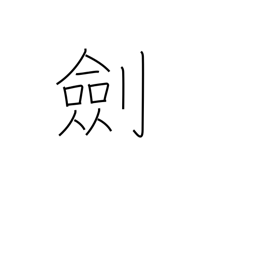
Meaning: sword